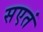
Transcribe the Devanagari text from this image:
सएतं